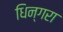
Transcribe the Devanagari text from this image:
धिन्गरा